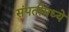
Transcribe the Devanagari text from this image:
संपतीमध्ये